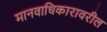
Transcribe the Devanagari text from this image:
मानवाधिकारावरील